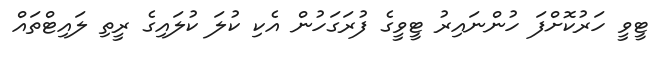
ޓީވީ ހަރުކޮށްފަ ހުންނައިރު ޓީވީގެ ފުރަގަހުން އެކި ކުލަ ކުލައިގެ ރީތި ލައިޓްތައް